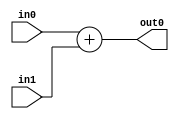
// EECE3324 Computer Architecture
// Basic Project
// Tim Liming & Wing Tung Yuen

// 32-bit adder

module adder(in0, in1, out0);
  input [31:0] in0, in1;
  output reg [31:0] out0;
  
  always @ (in0 or in1) begin
    out0 = in0 + in1;
  end
  
endmodule